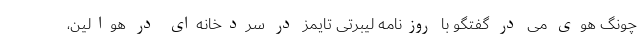
چونگ هوی می در گفتگو با روزنامه لیبرتی تایمز در سردخانه‌ای در هوالین،